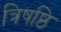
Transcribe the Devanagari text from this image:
त्रिषष्ठि